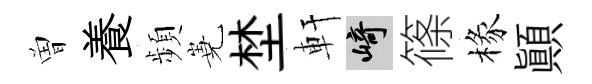
曽養頻嶤埜軒崎篠椽顚